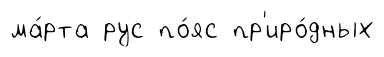
ма́рта рус по́яс пр'иро́дных